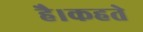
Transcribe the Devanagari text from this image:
है।कहते